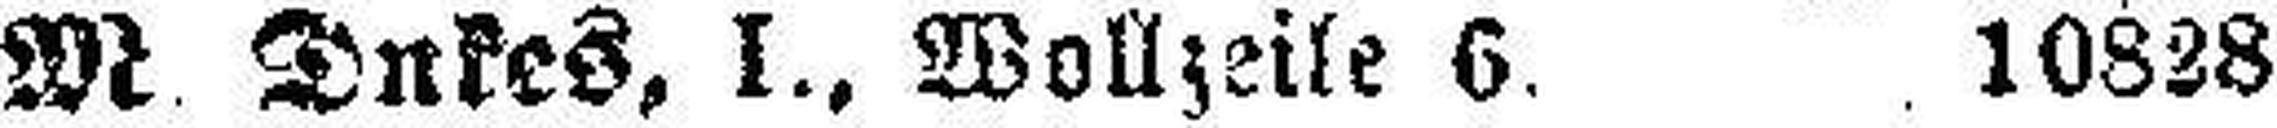
M Dukes, I., Wollzeile 6. 10828